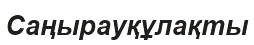
Саңырауқұлақты